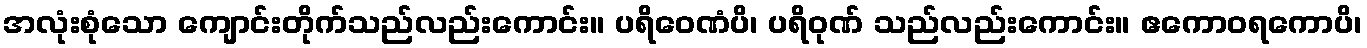
အလုံးစုံသော ကျောင်းတိုက်သည်လည်းကောင်း။ ပရိဝေဏံပိ၊ ပရိဝုဏ် သည်လည်းကောင်း။ ဧကောဝရကောပိ၊